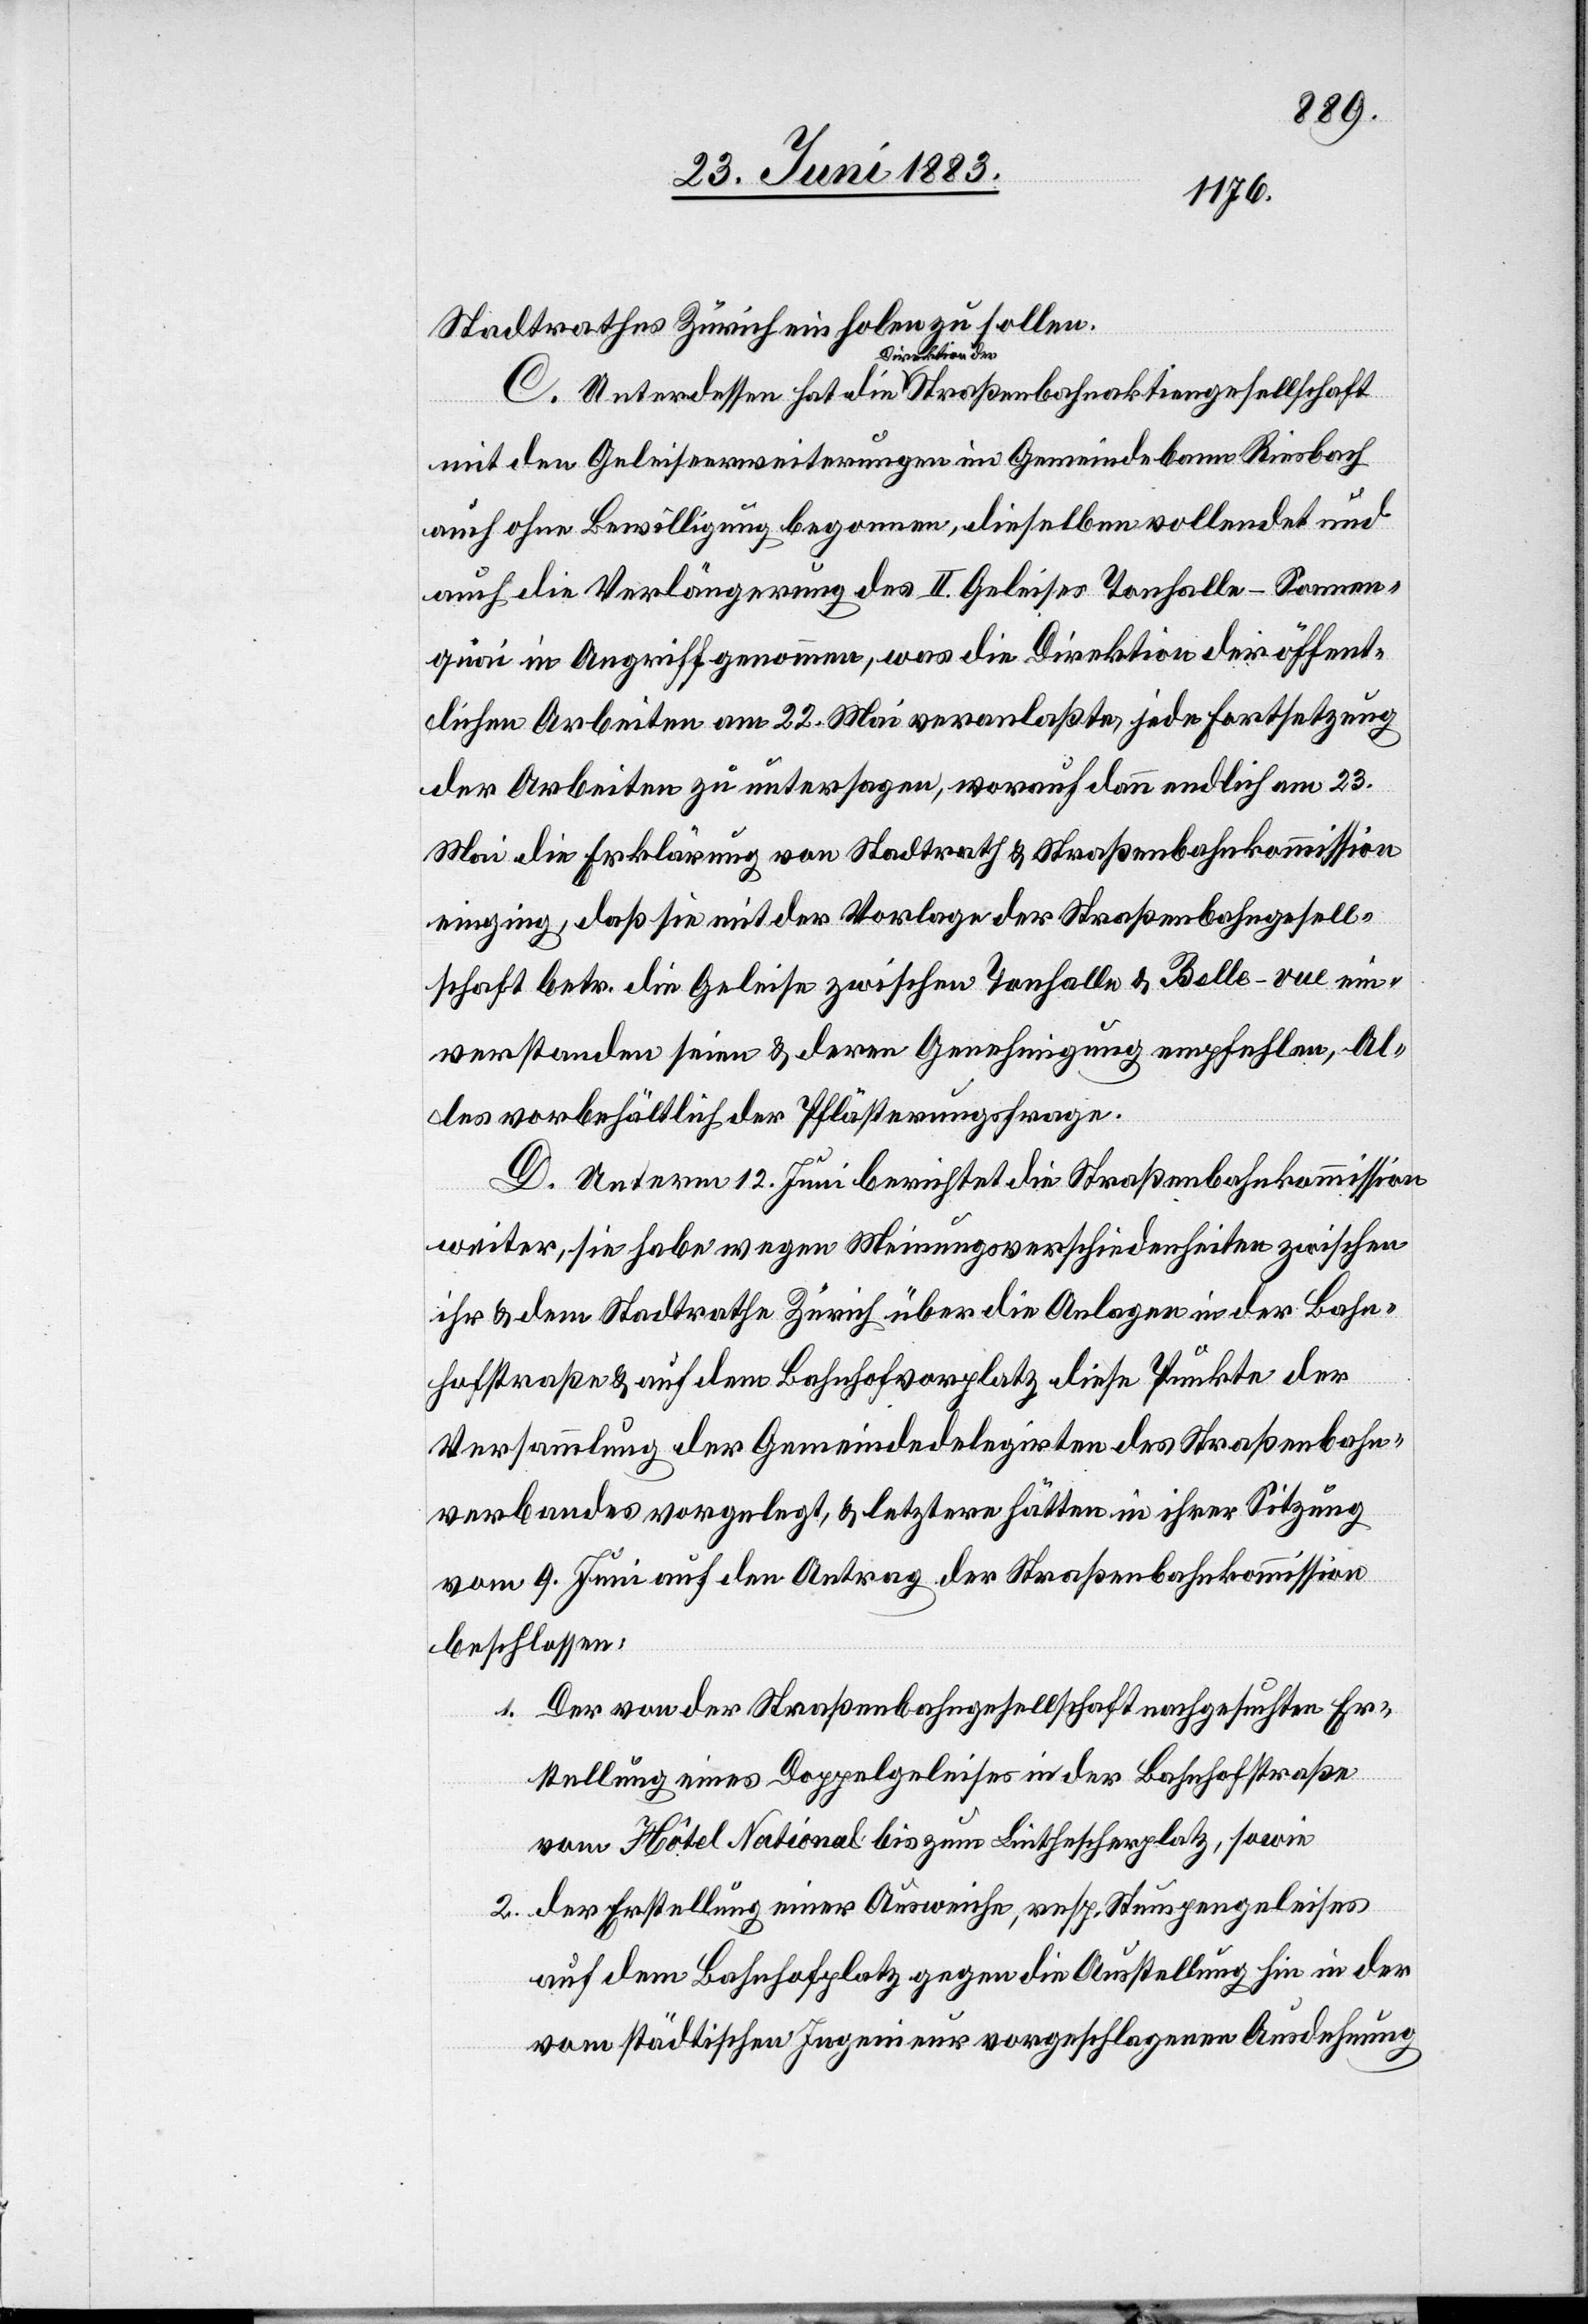
Stadtrathes Zürich einholen zu sollen.
C. Unterdessen hat die Direktion der Straßenbahnaktiengesellschaft
mit den Geleiseerweiterungen im Gemeindebann Riesbach
auch ohne Bewilligung begonnen, dieselben vollendet und
auch die Verlängerung des II. Geleises Tonhalle–Sonnen¬
quai in Angriff genommen, was die Direktion der öffent¬
lichen Arbeiten am 22. Mai veranlaßte, jede Fortsetzung
der Arbeiten zu untersagen, worauf dann endlich am 23.
Mai die Erklärung von Stadtrath & Straßenbahnkommission
einging, daß sie mit der Vorlage der Straßenbahngesell¬
schaft betr. die Geleise zwischen Tonhalle & Belle-vue ein¬
verstanden seien & deren Genehmigung empfehlen, Al¬
les vorbehältlich der Pflästerungsfrage.
D. Unterm 12. Juni berichtet die Straßenbahnkommission
weiter, sie habe wegen Meinungsverschiedenheiten zwischen
ihr & dem Stadtrathe Zürich über die Anlagen in der Bahn¬
hofstraße & auf dem Bahnhofvorplatz diese Punkte der
Versammlung der Gemeindedelegirten des Straßenbahn¬
verbandes vorgelegt, & letztere hätten in ihrer Sitzung
vom 9. Juni auf den Antrag der Straßenbahnkommission
beschlossen:
1. Der von der Straßenbahngesellschaft nachgesuchten Er¬
stellung eines Doppelgeleises in der Bahnhofstraße
vom Hôtel National bis zum Linthescherplatz, sowie
2. der Erstellung einer Ausweiche, resp. Stumpengeleises
auf dem Bahnhofplatz gegen die Ausstellung hin in der
vom städtischen Ingenieur vorgeschlagene Ausdehnung